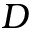
D